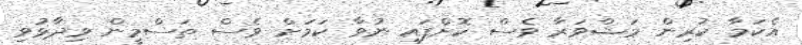
އެކަމާ ކުރިން މަޝްވަރާ ވެސް ކޮށްފައި ނުވާ ކަމަށް ވެސް ތަސްމީން ވިދާޅުވި